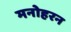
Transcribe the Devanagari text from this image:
मनोहरन